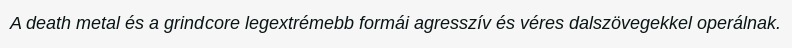
A death metal és a grindcore legextrémebb formái agresszív és véres dalszövegekkel operálnak.